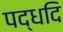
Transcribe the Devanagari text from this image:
पद्धदि